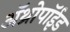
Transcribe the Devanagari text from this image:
अॅथ्रोपॉईड